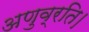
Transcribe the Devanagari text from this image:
अणुव्रति।